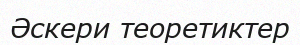
Әскери теоретиктер